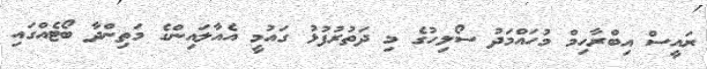
ރައީސް އިބްރާހިމް މުހައްމަދު ސޯލިހުގެ މި ދަތުރުފުޅު ގައުމީ އެއާލައިންގެ މަތިންދާ ބޯޓެއްގައި